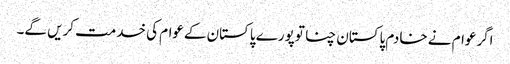
اگرعوام نے خادم پاکستان چنا توپورے پاکستان کےعوام کی خدمت کریں گے۔